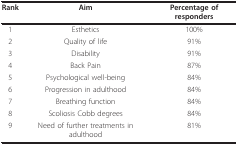
| Rank | Aim | Percentage of responders |
 | --- | --- | --- |
 | 1 | Esthetics | 100% |
 | 2 | Quality of life | 91% |
 | 3 | Disability | 91% |
 | 4 | Back Pain | 87% |
 | 5 | Psychological well-being | 84% |
 | 6 | Progression in adulthood | 84% |
 | 7 | Breathing function | 84% |
 | 8 | Scoliosis Cobb degrees | 84% |
 | 9 | Need of further treatments in adulthood | 81% |